Vaccination in Burma 1920-1933 - 1920-1933
Year: 1920
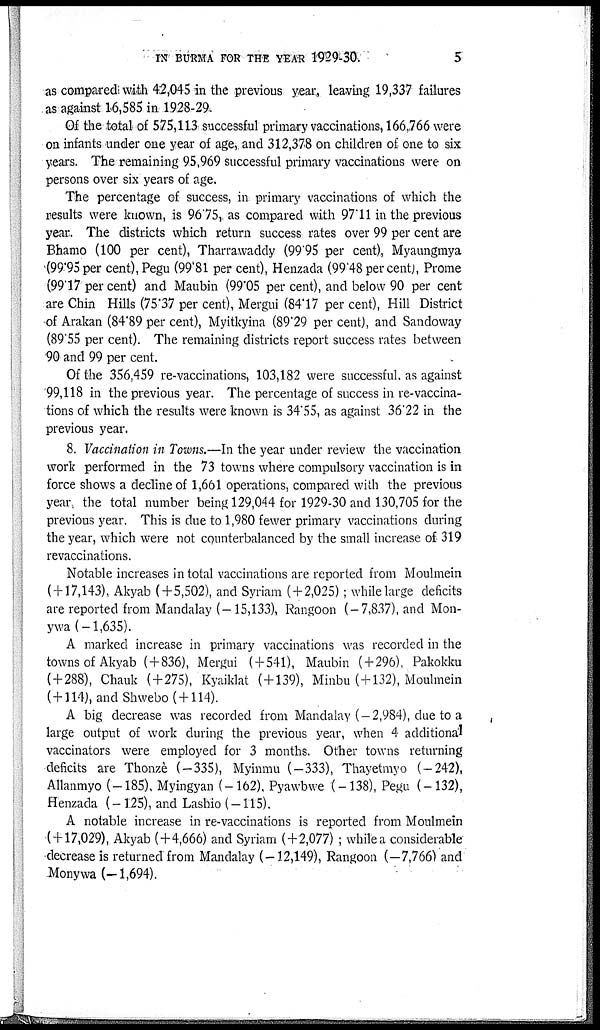
IN BURMA FOR THE YEAR 1929-30.
5
as compared with 42,045 in the previous year, leaving 19,337 failures
as against 16,585 in 1928-29.
Of the total of 575,113 successful primary vaccinations, 166,766 were
on infants under one year of age, and 312,378 on children of one to six
years. The remaining 95,969 successful primary vaccinations were on
persons over six years of age.
The percentage of success, in primary vaccinations of which the
results were known, is 96.75, as compared with 97.11 in the previous
year. The districts which return success rates over 99 per cent are
Bhamo (100 per cent), Tharrawaddy (99.95 per cent), Myaungmya
99.95per cent), Pegu (99.81 per cent), Henzada (99.48 per cent), Prome
(99.17 per cent) and Maubin (99.05 per cent), and below 90 per cent
are Chin Hills (75.37 per cent), Mergui (84.17 per cent), Hill District
of Arakan (84.89 per cent), Myitkyina (89.29 per cent), and Sandoway
(89.55 per cent). The remaining districts report success rates between
90 and 99 per cent.
Of the 356,459 re-vaccinations, 103,182 were successful, as against
99,118 in the previous year. The percentage of success in re-vaccina-
tions of which the results were known is 34.55, as against 36.22 in the
previous year.
8. Vaccination in Towns.—In the year under review the vaccination
work performed in the 73 towns where compulsory vaccination is in
force shows a decline of 1,661 operations, compared with the previous
year, the total number being 129,044 for 1929-30 and 130,705 for the
previous year. This is due to 1,980 fewer primary vaccinations during
the year, which were not counterbalanced by the small increase of 319
revaccinations.
Notable increases in total vaccinations are reported from Moulmein
(+17,143), Akyab (+5,502), and Syriam (+2,025); while large deficits
are reported from Mandalay (-15,133), Rangoon (-7,837), and Mon-
ywa (-1,635).
A marked increase in primary vaccinations was recorded in the
towns of Akyab (+836), Mergui (+541), Maubin (+296), Pakokku
( + 288), Chauk (+275), Kyaiklat ( + 139), Minbu (+132), Moulmein
(+114), and Shwebo( + 114).
A big decrease was recorded from Mandalay ( — 2,984), due to a
large output of work during the previous year, when 4 additional
vaccinators were employed for 3 months. Other towns returning
deficits are Thonzè (-335), Myinmu (-333), Thayetmyo (-242),
Allanmyo (-185), Myingyan (-162), Pyawbwe (-138), Pegu (-132),
Henzada (-125), and Lashio ( — 115).
A notable increase in re-vaccinations is reported from Moulmein
(+17,029), Akyab (+4,666) and Syriam (+2,077) ; while a considerable
decrease is returned from Mandalay (-12,149), Rangoon (—7,766) and
Monywa (—1,694).